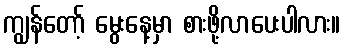
ကျွန်တော့် မွေးနေ့မှာ စားဖို့လာပေးပါလား။